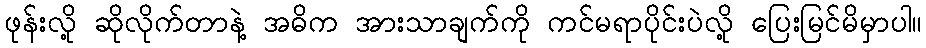
ဖုန်းလို့ ဆိုလိုက်တာနဲ့ အဓိက အားသာချက်ကို ကင်မရာပိုင်းပဲလို့ ပြေးမြင်မိမှာပါ။